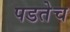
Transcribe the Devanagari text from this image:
पडतेच